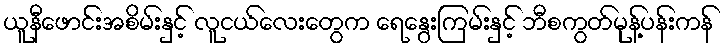
ယူနီဖောင်းအစိမ်းနှင့် လူငယ်လေးတွေက ရေနွေးကြမ်းနှင့် ဘီစကွတ်မုန့်ပန်းကန်